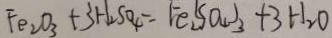
F e _ { 2 } O _ { 3 } + 3 H _ { 2 } S O _ { 4 } = F e _ { 2 } ( S O _ { 4 } ) _ { 3 } + 3 H _ { 2 } O